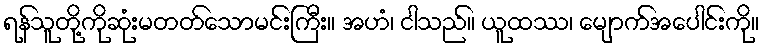
ရန်သူတို့ကိုဆုံးမတတ်သောမင်းကြီး။ အဟံ၊ ငါသည်။ ယူထဿ၊ မျောက်အပေါင်းကို။